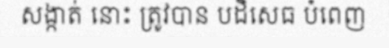
សង្កាត់ នោះ ត្រូវបាន បដិសេធ បំពេញ